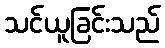
သင်ယူခြင်းသည်